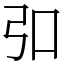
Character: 𪪺